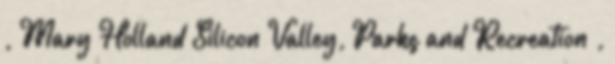
, Mary Holland Silicon Valley, Parks and Recreation ,